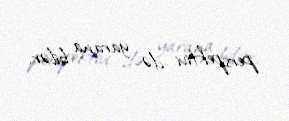
perspektivi də yarana bilər.